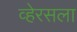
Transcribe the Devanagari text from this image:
व्हेरसला